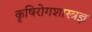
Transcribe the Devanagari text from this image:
कृषिरोगशास्त्रज्ञ